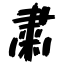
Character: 粛